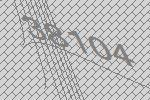
38104